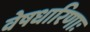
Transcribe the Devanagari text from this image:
वेषधारिणाः